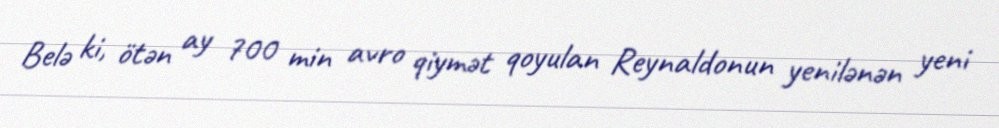
Belə ki, ötən ay 700 min avro qiymət qoyulan Reynaldonun yenilənən yeni